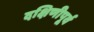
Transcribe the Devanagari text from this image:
दक्षिणीपूर्व